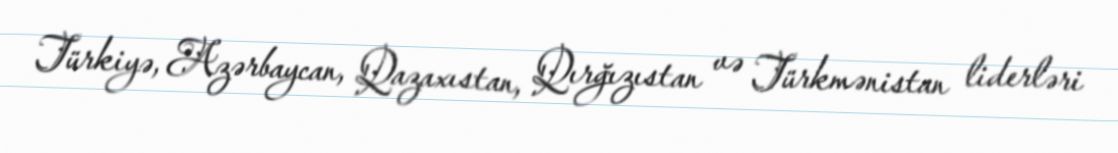
Türkiyə, Azərbaycan, Qazaxıstan, Qırğızıstan və Türkmənistan liderləri